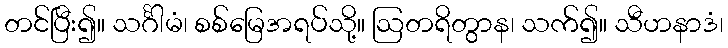
တင်ပြီး၍။ သင်္ဂါမံ၊ စစ်မြေအရပ်သို့။ ဩတရိတွာန၊ သက်၍။ သီဟနာဒံ၊